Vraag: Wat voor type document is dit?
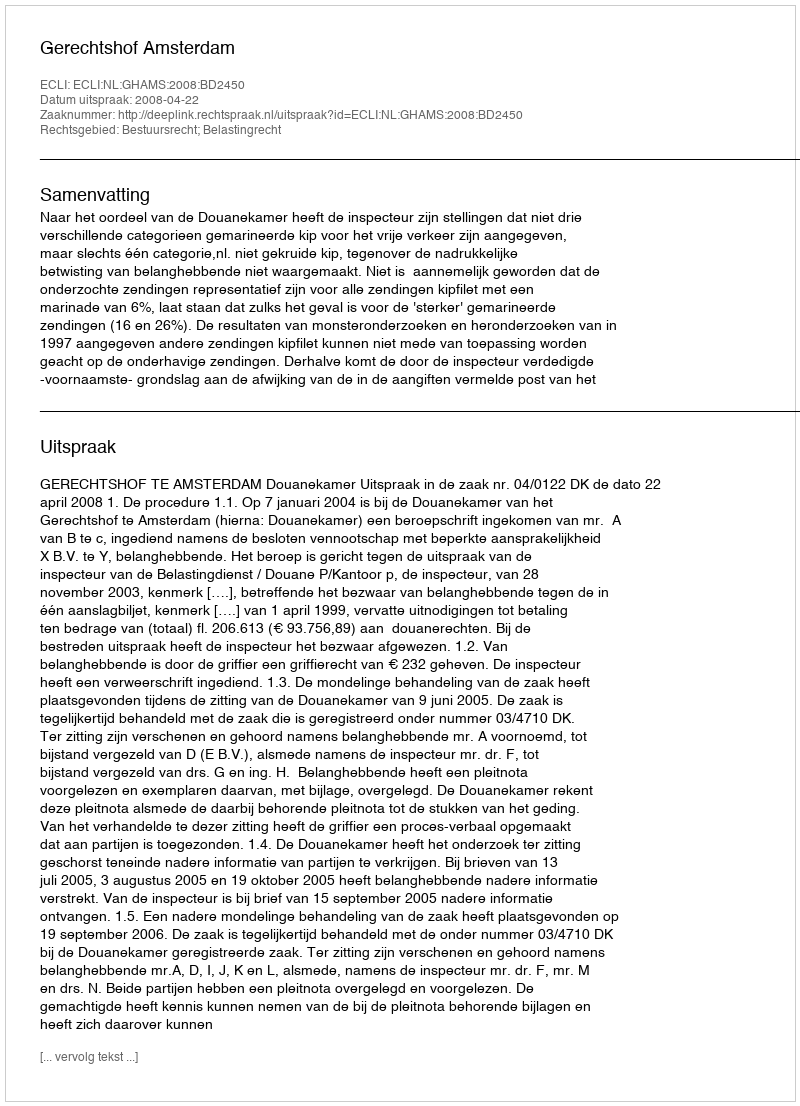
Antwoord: Uitspraak